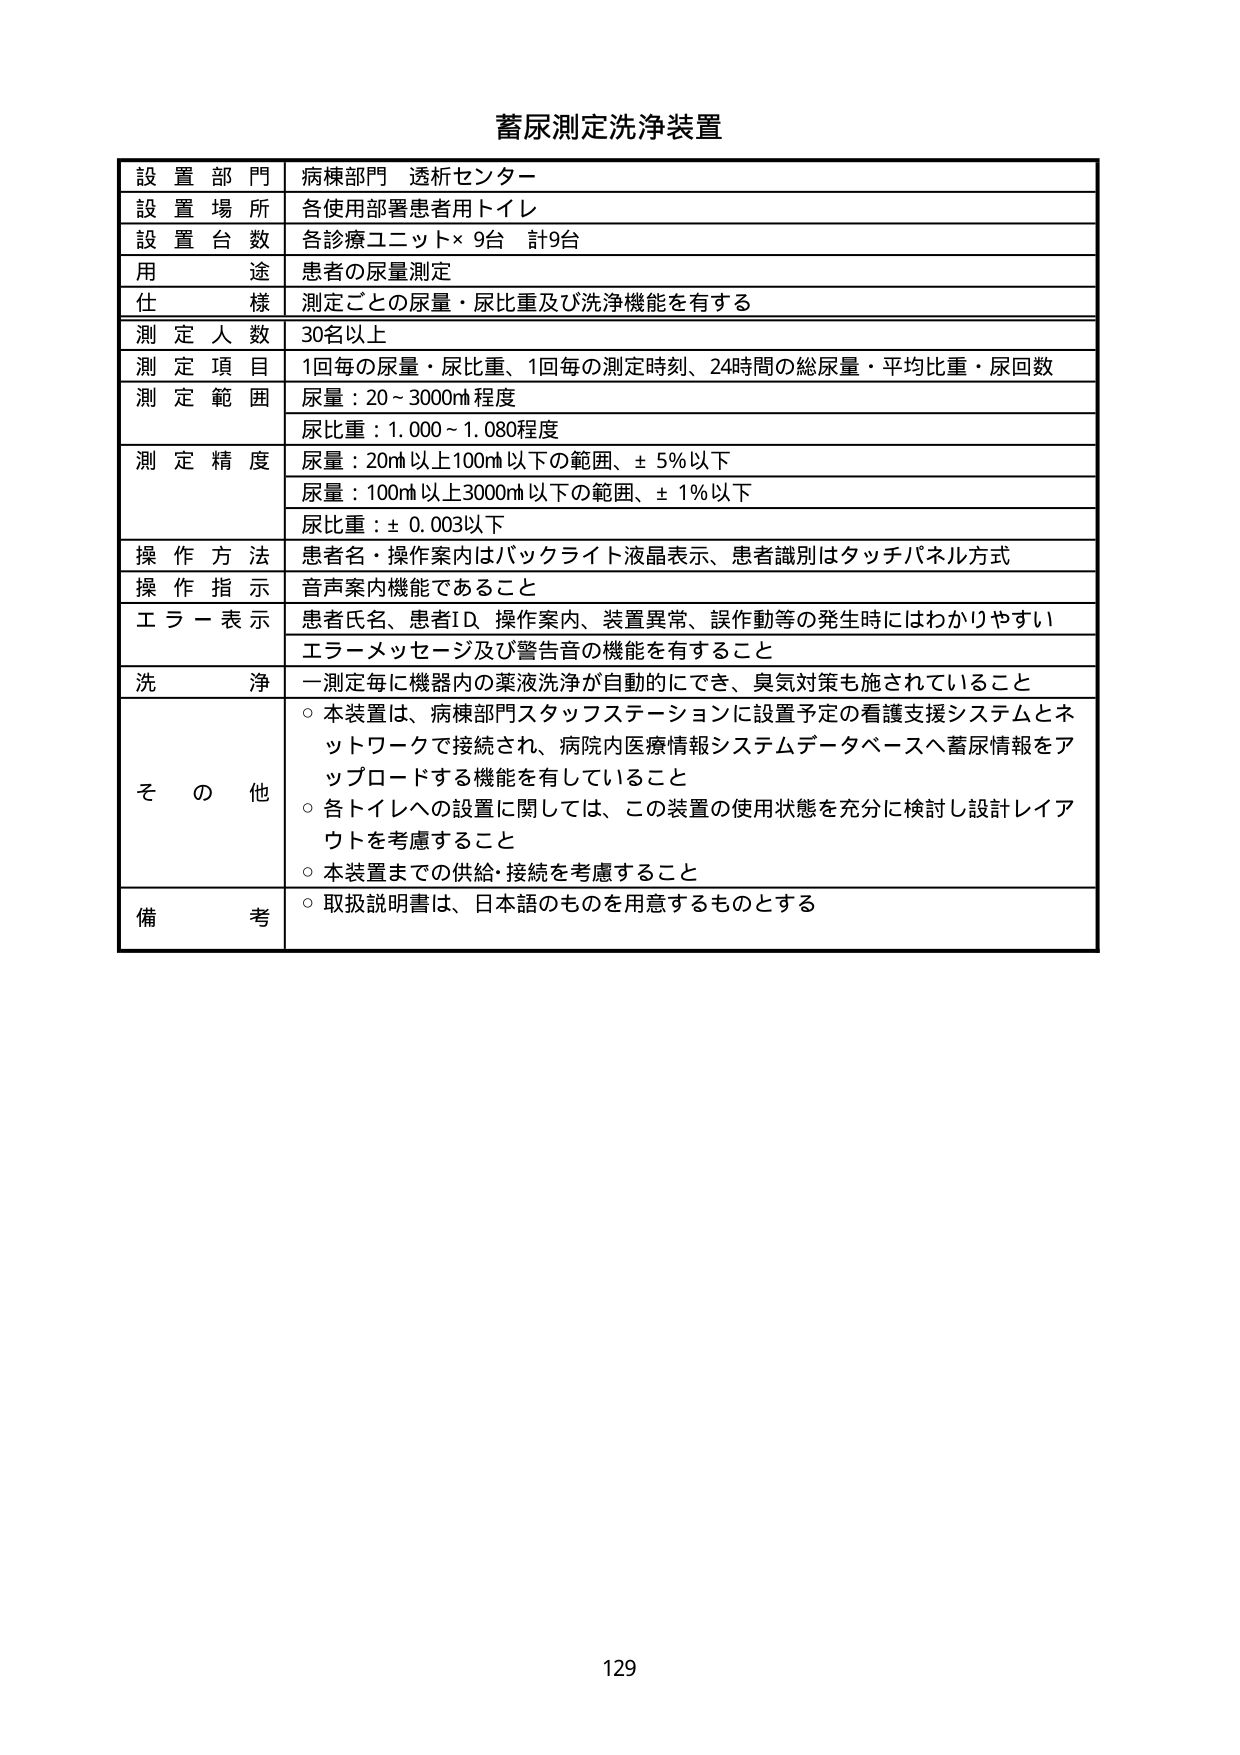
蓄尿測定洗浄装置

設置部門 病棟部門 透析センター
設置場所 各使用部署患者用トイレ
設置台数 各診療ユニット×9台 計9台
用途 患者の尿量測定
仕様 測定ごとの尿量・尿比重及び洗浄機能を有する
測定人数 30名以上
測定項目 1回毎の尿量・尿比重、1回毎の測定時刻、24時間の総尿量・平均比重・尿回数
測定範囲 尿量：20～3000㎖程度
尿比重：1.000～1.080程度
測定精度 尿量：20㎖以上100㎖以下の範囲、±5％以下
尿量：100㎖以上3000㎖以下の範囲、±1％以下
尿比重：±0.003以下
操作方法 患者名・操作案内はバックライト液晶表示、患者識別はタッチパネル方式
操作指示 音声案内機能であること
エラー表示 患者氏名、患者ID、操作案内、装置異常、誤作動等の発生時にはわかりやすい
エラーメッセージ及び警告音の機能を有すること
洗浄 一測定毎に機器内の薬液洗浄が自動的にでき、臭気対策も施されていること
その他 ○本装置は、病棟部門スタッフステーションに設置予定の看護支援システムとネットワークで接続され、病院内医療情報システムデータベースへ蓄尿情報をアップロードする機能を有していること
○各トイレへの設置に関しては、この装置の使用状態を充分に検討し設計レイアウトを考慮すること
○本装置までの供給・接続を考慮すること
備考 ○取扱説明書は、日本語のものを用意するものとする

129